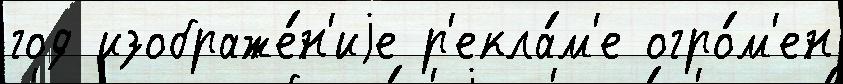
год изображе́н'иjе р'екла́м'е огро́м'ен